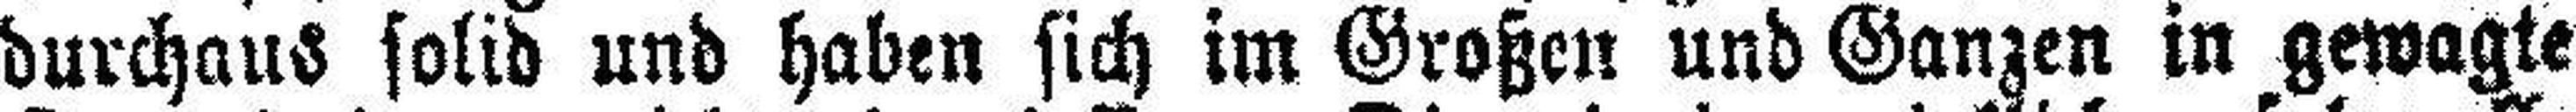
durchaus solid und haben sich im Großen und Ganzen in gewagte